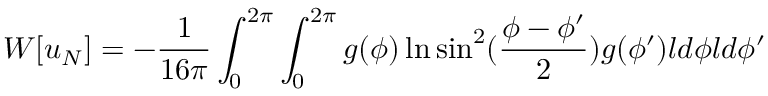
W [ u _ { N } ] = - { \frac { 1 } { 1 6 \pi } } \int _ { 0 } ^ { 2 \pi } \int _ { 0 } ^ { 2 \pi } g ( \phi ) \ln \sin ^ { 2 } ( { \frac { \phi - \phi ^ { \prime } } { 2 } } ) g ( \phi ^ { \prime } ) l d \phi l d \phi ^ { \prime }